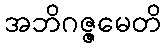
အဘိဂဇ္ဇမေတိ